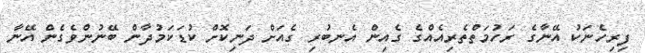
ފިރިހެނަކު އޭނާގެ ރަހުމަތްތެރިއެއްގެ ގެއިން އެނބުރި ގެއަށް ދަނިކޮށް ކުޑަކަމުދާން ބޭނުންވެގެން އޭނާ